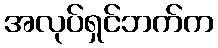
အလုပ်ရှင်ဘက်က